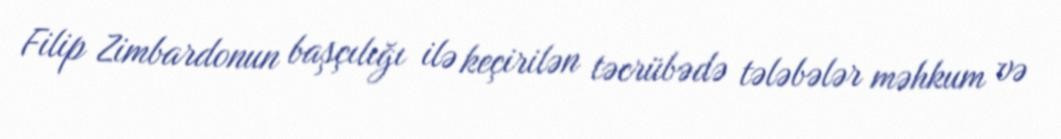
Filip Zimbardonun başçılığı ilə keçirilən təcrübədə tələbələr məhkum və